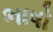
ભાષો